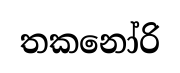
තකනෝරි